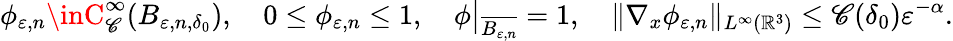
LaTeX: \phi_{\varepsilon,n}\inC_{\mathscr{C}}^{\infty}(B_{\varepsilon,n,\delta_{0}}),\quad0\leq\phi_{\varepsilon,n}\leq1,\quad\phi\big|_{\overline{{{B_{\varepsilon,n}}}}}=1,\quad\| \nabla_{x}\phi_{\varepsilon,n}\| _{L^{\infty}(\mathbb{{R}}^{3})}\leq\mathscr{C}(\delta_{0})\varepsilon^{-\alpha}.